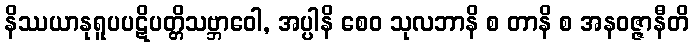
နိဿယာနုရူပပဋိပတ္တိသဗ္ဘာဝေါ, အပ္ပါနိ စေဝ သုလဘာနိ စ တာနိ စ အနဝဇ္ဇာနီတိ